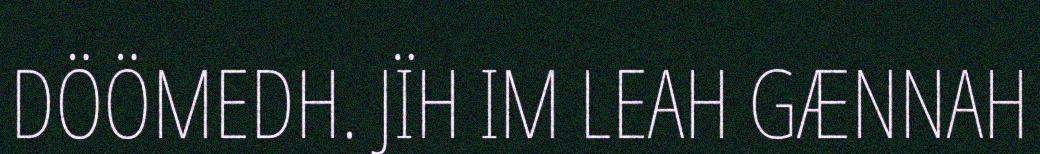
DÖÖMEDH. JÏH IM LEAH GÆNNAH